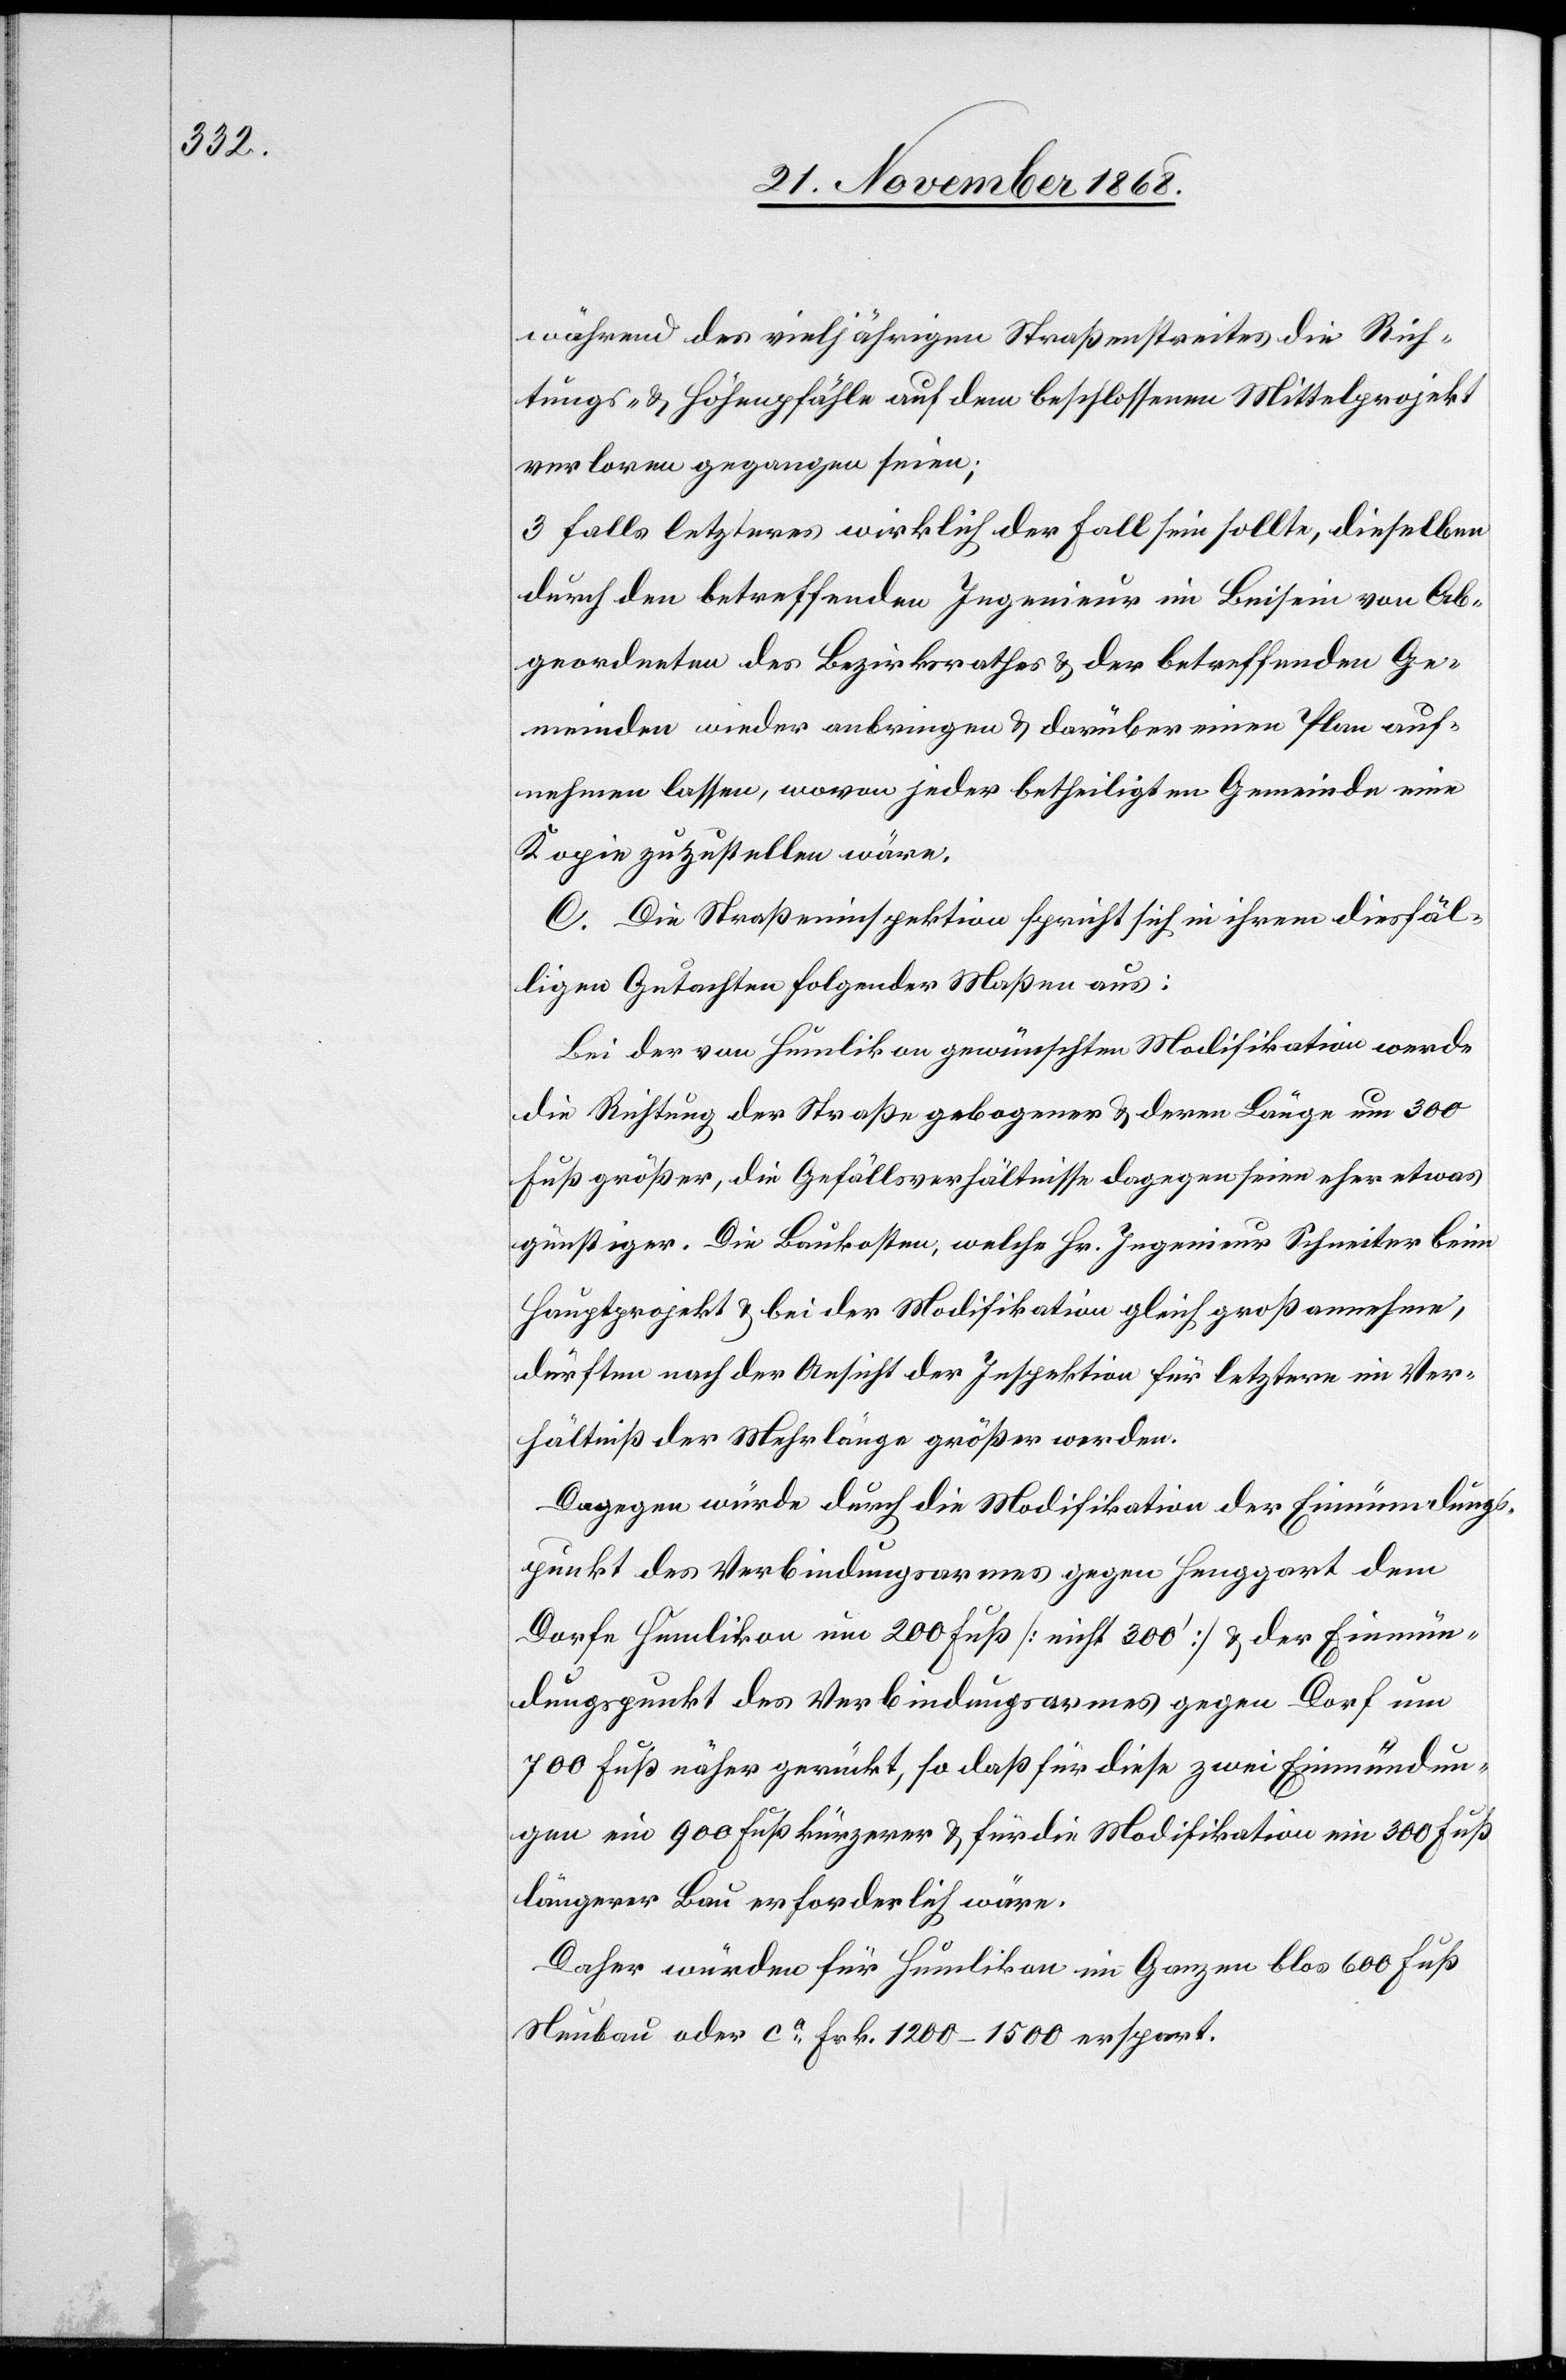
während des vieljährigen Straßenstreites die Rich¬
tungs- & Höhenpfähle auf dem beschlossenen Mittelprojekt
verloren gegangen seien;
3. falls letzteres wirklich der Fall sein sollte, dieselben
durch den betreffenden Ingenieur im Beisein von Ab¬
geordneten des Bezirksrathes & der betreffenden Ge¬
meinden wieder anbringen & darüber einen Plan auf¬
nehmen lassen, wovon jeder betheiligten Gemeinde eine
Kopie zuzustellen wäre.
C. Die Straßeninspektion spricht sich in ihrem diesfäl¬
ligen Gutachten folgender Maßen aus:
Bei der von Humlikon gewünschten Modifikation werde
die Richtung der Straße gebogener & deren Länge um 300
Fuß größer, die Gefällsverhältnisse dagegen seien eher etwas
günstiger. Die Baukosten, welche Hr. Ingenieur Schneiter beim
Hauptprojekt & bei er Modifikation gleich groß annehme,
dürften nach der Ansicht der Inspektion für letztere im Ver¬
hältniß der Mehrlänge größer werden.
Dagegen würde durch die Modifikation der Einmündungs¬
punkt des Verbindungsarmes gegen Henggart dem
Dorfe Humlikon um 200 Fuß [nicht 300‘] & der Einmün¬
dungspunkt des Verbindungsarmes gegen Dorf um
700 Fuß näher gerückt, so daß für diese zwei Einmündun¬
gen ein 900 Fuß kürzerer & für die Modifikation ein 300 Fuß
längerer Bau erforderlich wäre.
Daher würden für Humlikon im Ganzen blos 600 Fuß
Neubau oder ca Frk. 1200–1500 erspart.